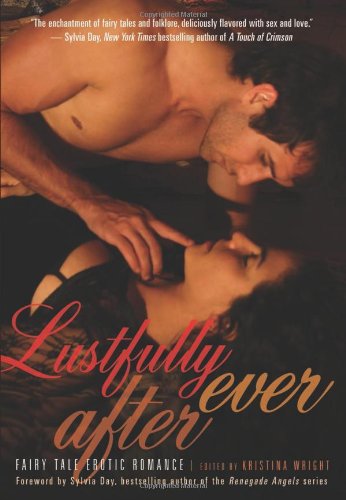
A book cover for Lustfully Ever After: Fairy Tale Erotic Romance; Romance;